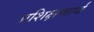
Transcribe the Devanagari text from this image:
प्रशिक्षणार्थ